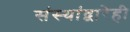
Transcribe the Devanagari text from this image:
संस्थांद्वारेही